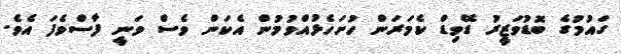
ގައުމުގެ ބޮޑުވަޒީރު ޑޭވިޑް ކެމަރަން ހުށަހެޅުއްވުމުން އެކަން ވެސް ވަނީ ފާސްވެފަ އެވެ.